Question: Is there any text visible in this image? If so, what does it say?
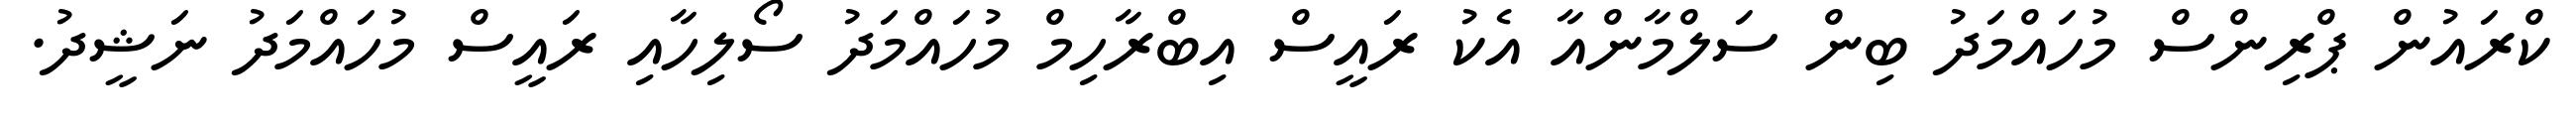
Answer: ކްރައުން ޕްރިންސް މުހައްމަދު ބިން ސަލްމާންއާ އެކު ރައީސް އިބްރާހިމް މުހައްމަދު ސޯލިހާއި ރައީސް މުހައްމަދު ނަޝީދު.